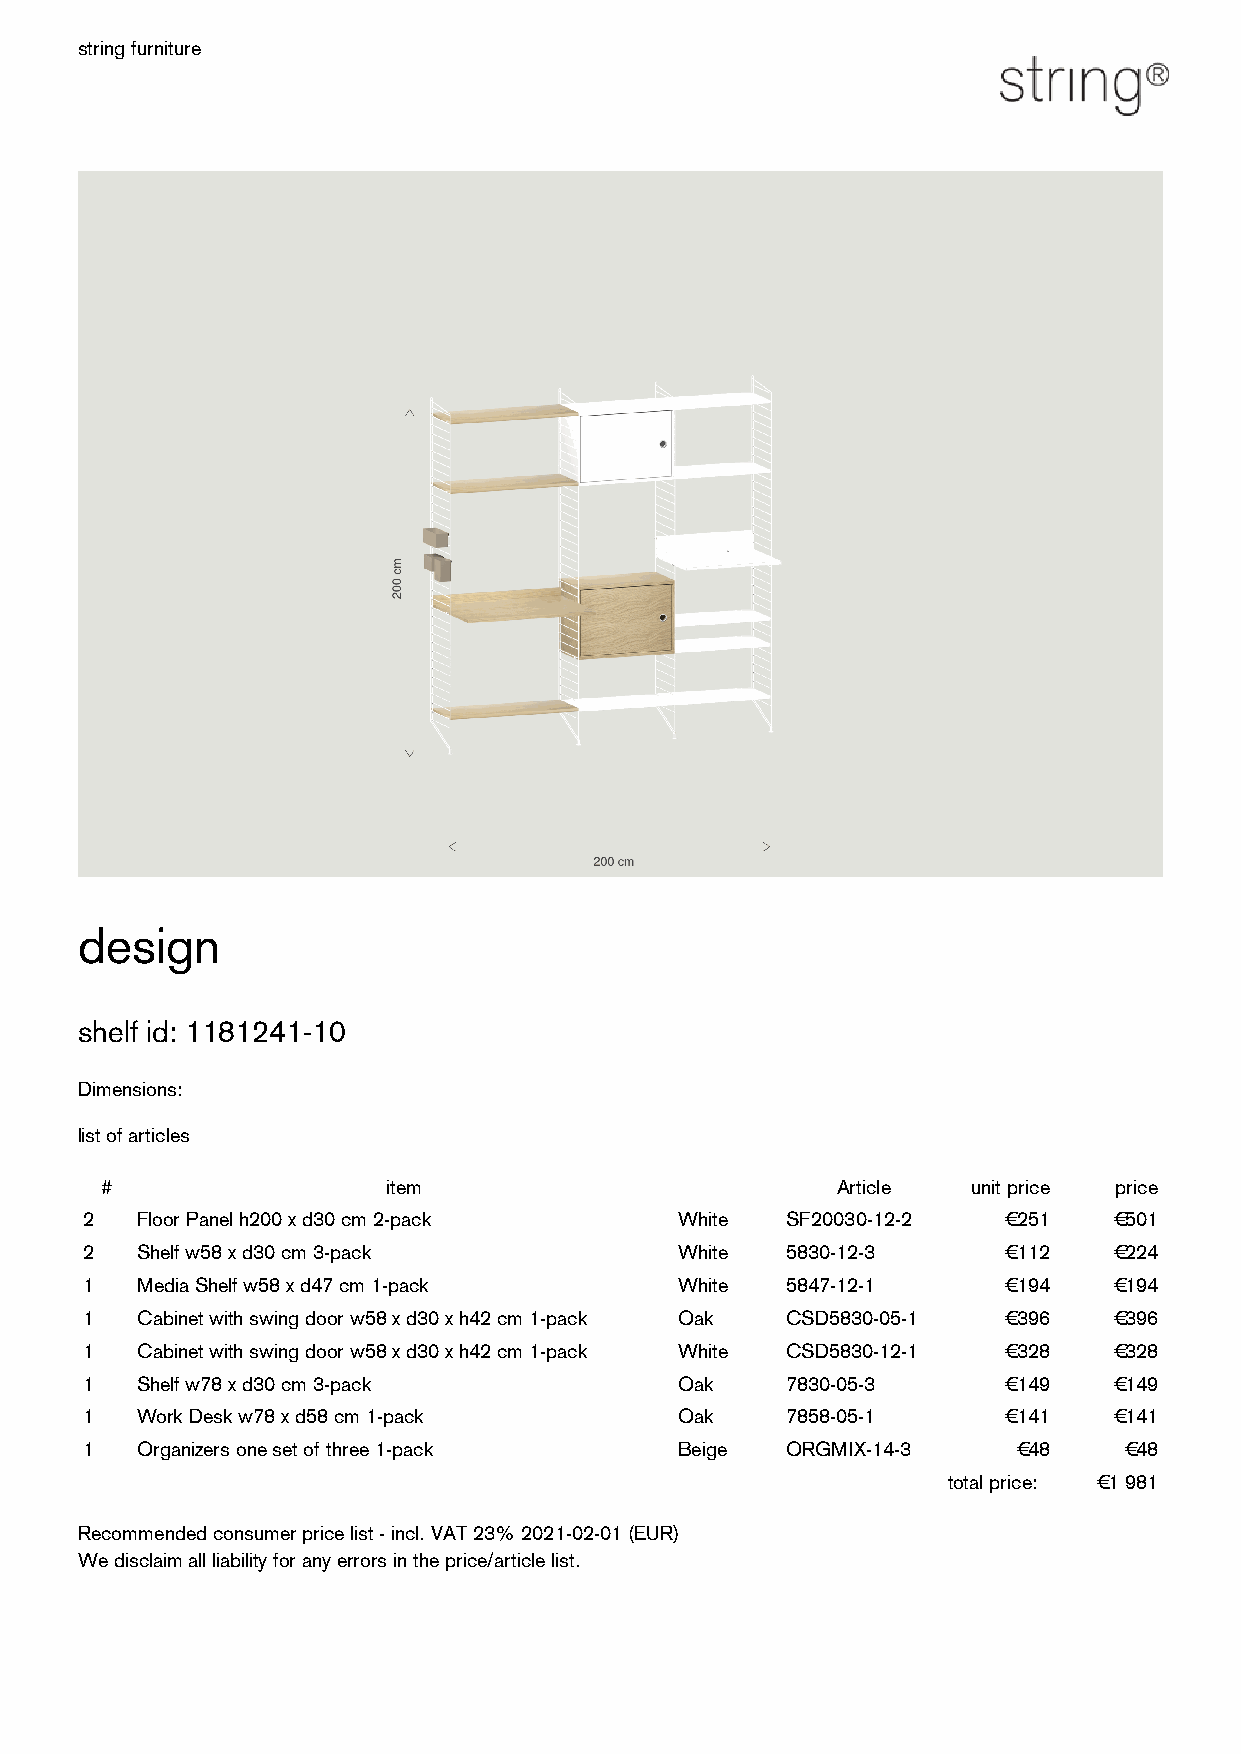
string furniture
 design
 shelf id: 1181241-10
 Dimensions:
 list of articles
 #                  item                         Article  unit price price
 2   Floor Panel h200 x d30 cm 2-pack    White  SF20030-12-2   € 251  € 501
 2   Shelf w58 x d30 cm 3-pack           White  5830-12-3      € 112  € 224
 1   Media Shelf w58 x d47 cm 1-pack     White  5847-12-1      € 194  € 194
 1   Cabinet with swing door w58 x d30 x h42 cm 1-pack Oak CSD5830-05-1 € 396 € 396
 1   Cabinet with swing door w58 x d30 x h42 cm 1-pack White CSD5830-12-1 € 328 € 328
 1   Shelf w78 x d30 cm 3-pack           Oak    7830-05-3      € 149  € 149
 1   Work Desk w78 x d58 cm 1-pack       Oak    7858-05-1      € 141  € 141
 1   Organizers one set of three 1-pack  Beige  ORGMIX-14-3    € 48   € 48
 total price: € 1 981
 Recommended consumer price list - incl. VAT 23% 2021-02-01 (EUR)
 We disclaim all liability for any errors in the price/article list.